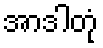
အာဒါတုံ